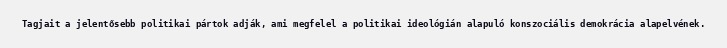
Tagjait a jelentősebb politikai pártok adják, ami megfelel a politikai ideológián alapuló konszociális demokrácia alapelvének.